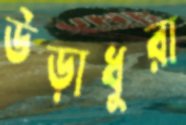
উড়াধুরা